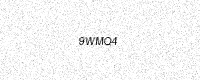
Text: 9WMQ4